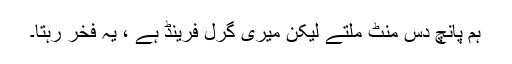
ہم پانچ دس منٹ ملتے لیکن میری گرل فرینڈ ہے ، یہ فخر رہتا۔